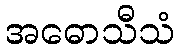
အဓောသီသံ